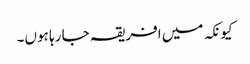
کیونکہ میں افریقہ جا رہا ہوں۔